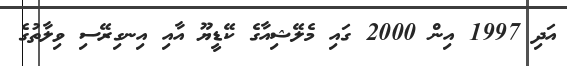
އަދި 1997 އިން 2000 ގައި މެލޭޝިއާގެ ކޭޑީޔޫ އާއި އިނގިރޭސި ވިލާތުގެ